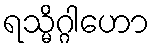
ရသ္မိဂ္ဂါဟော